Problem: 3 × 8 = ?
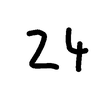
Handwritten answer: 24